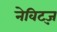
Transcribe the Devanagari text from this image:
नेविट्ज़